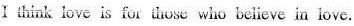
I think love is for thoe who bclicve in iove.